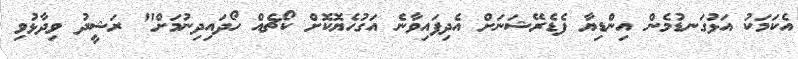
އެކަމަކު އަޅުގަނޑުމެން އިންޑިޔާ ފެޑެރޭޝަނަށް އެދިފައިވާނެ އަގުހެޔޮކޮށް ކޯޗެއް ހޯދައިދިނުމަށް" ރަޝީދު ވިދާޅުވި